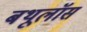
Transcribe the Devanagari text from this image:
बथूलॉस